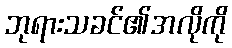
ဘုရားသခင်၏အလိုကို